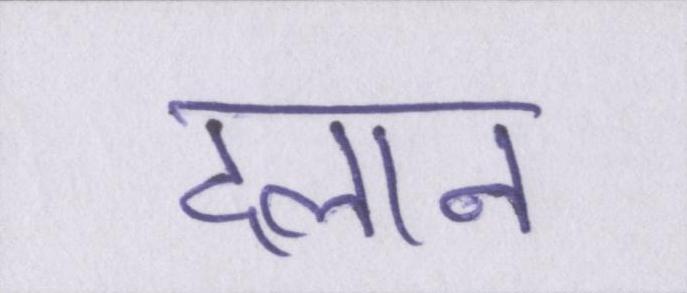
दलान